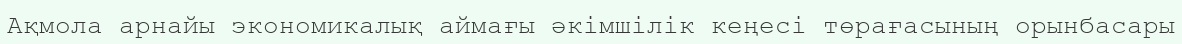
Ақмола арнайы экономикалық аймағы әкімшілік кеңесі төрағасының орынбасары